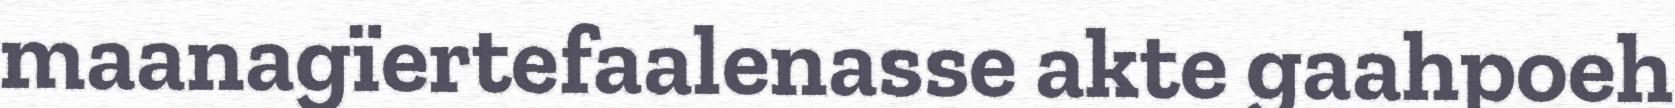
maanagïertefaalenasse akte gaahpoeh